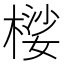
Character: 𱤇